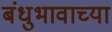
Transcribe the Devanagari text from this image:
बंधुभावाच्या